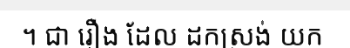
។ ជា រឿង ដែល ដកស្រង់ យក